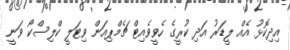
އިދިކޮޅު އެއް ލީޑަރު އަދި ކުރީގެ ހެވީވެއިޓް ޗެމްޕިއަން ވިޓަލީ ކްލިސްކޯ ވަނީ